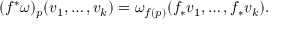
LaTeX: ( f ^ { * } \omega ) _ { p } ( v _ { 1 } , \ldots , v _ { k } ) = \omega _ { f ( p ) } ( f _ { * } v _ { 1 } , \ldots , f _ { * } v _ { k } ) .